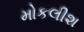
મોકલીશ